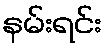
နမ်းရင်း